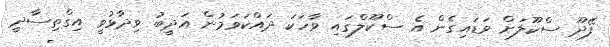
ފޭދޫ ސްކޫލަށް ވަޑައިގެން އެ ސްކޫލްގައި ވާހަކަ ދައްކަވަމުން އަދީބު ވިދާޅުވީ އިގްތިސާދީ